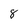
Character: 8